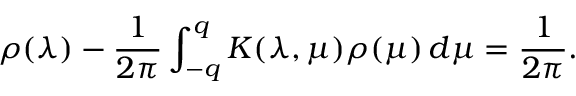
\rho ( \lambda ) - \frac { 1 } { 2 \pi } \int _ { - q } ^ { q } K ( \lambda , \mu ) \rho ( \mu ) \, d \mu = \frac { 1 } { 2 \pi } .